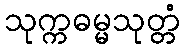
သုက္ကဓမ္မသုတ္တံ